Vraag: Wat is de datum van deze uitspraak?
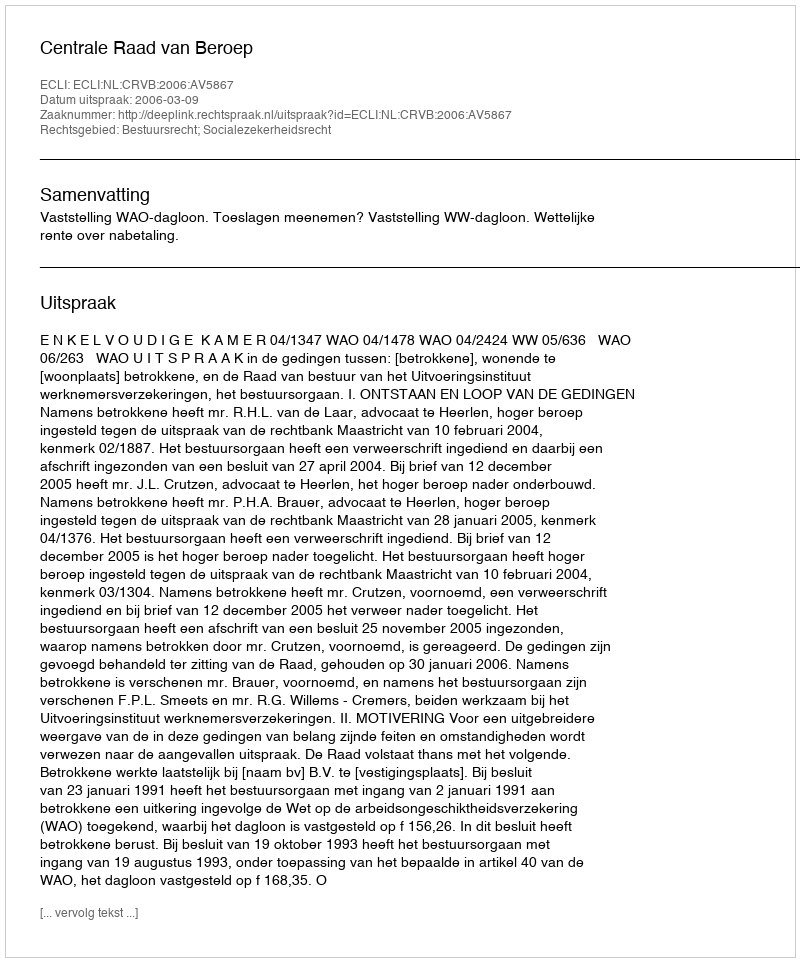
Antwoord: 2006-03-09